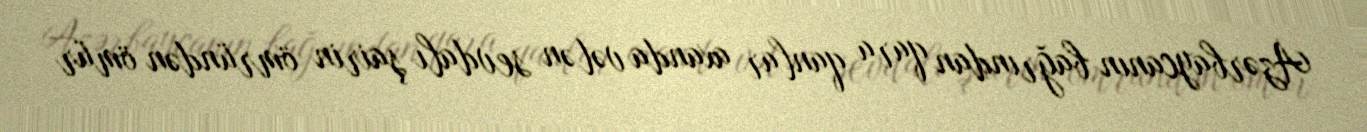
Azərbaycanın bağrından qara qanlar axanda vətən sevdalı şairin ömründən ömür